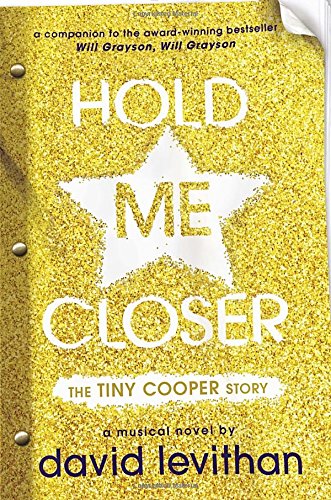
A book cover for Hold Me Closer: The Tiny Cooper Story; David Levithan; Teen & Young Adult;